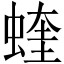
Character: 蝰